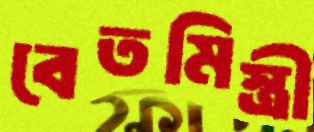
বেতমিস্ত্রী